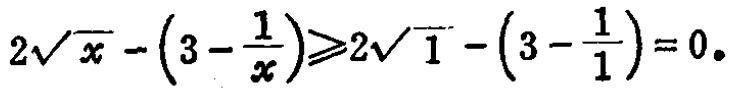
\(2\sqrt{x}-\left(3 - \frac{1}{x}\right)\geqslant2\sqrt{1}-\left(3 - \frac{1}{1}\right)=0\)